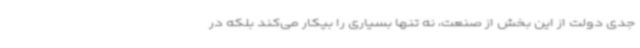
جدی دولت از این بخش از صنعت، نه تنها بسیاری را بیکار می‌کند بلکه در